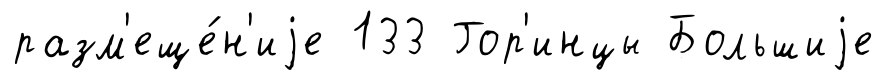
разм'еще́н'иjе 133 Гор'инцы Большиjе